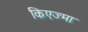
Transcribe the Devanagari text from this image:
किएज्मा